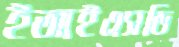
ইআইএসডি